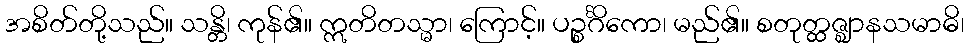
အစိတ်တို့သည်။ သန္တိ၊ ကုန်၏။ ဣတိတသ္မာ၊ ကြောင့်။ ပဉ္စင်္ဂိကော၊ မည်၏။ စတုတ္ထဇ္ဈာနသမာဓိ၊